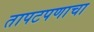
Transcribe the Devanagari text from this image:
तापटपणाचा